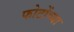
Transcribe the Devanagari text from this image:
फोटोंच्या